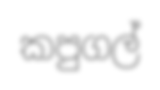
කපුගල්